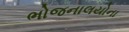
ભોજનાલયોના